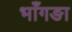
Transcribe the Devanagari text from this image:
भाँगङा